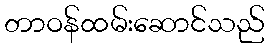
တာဝန်ထမ်းဆောင်သည်